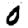
Digit: 0